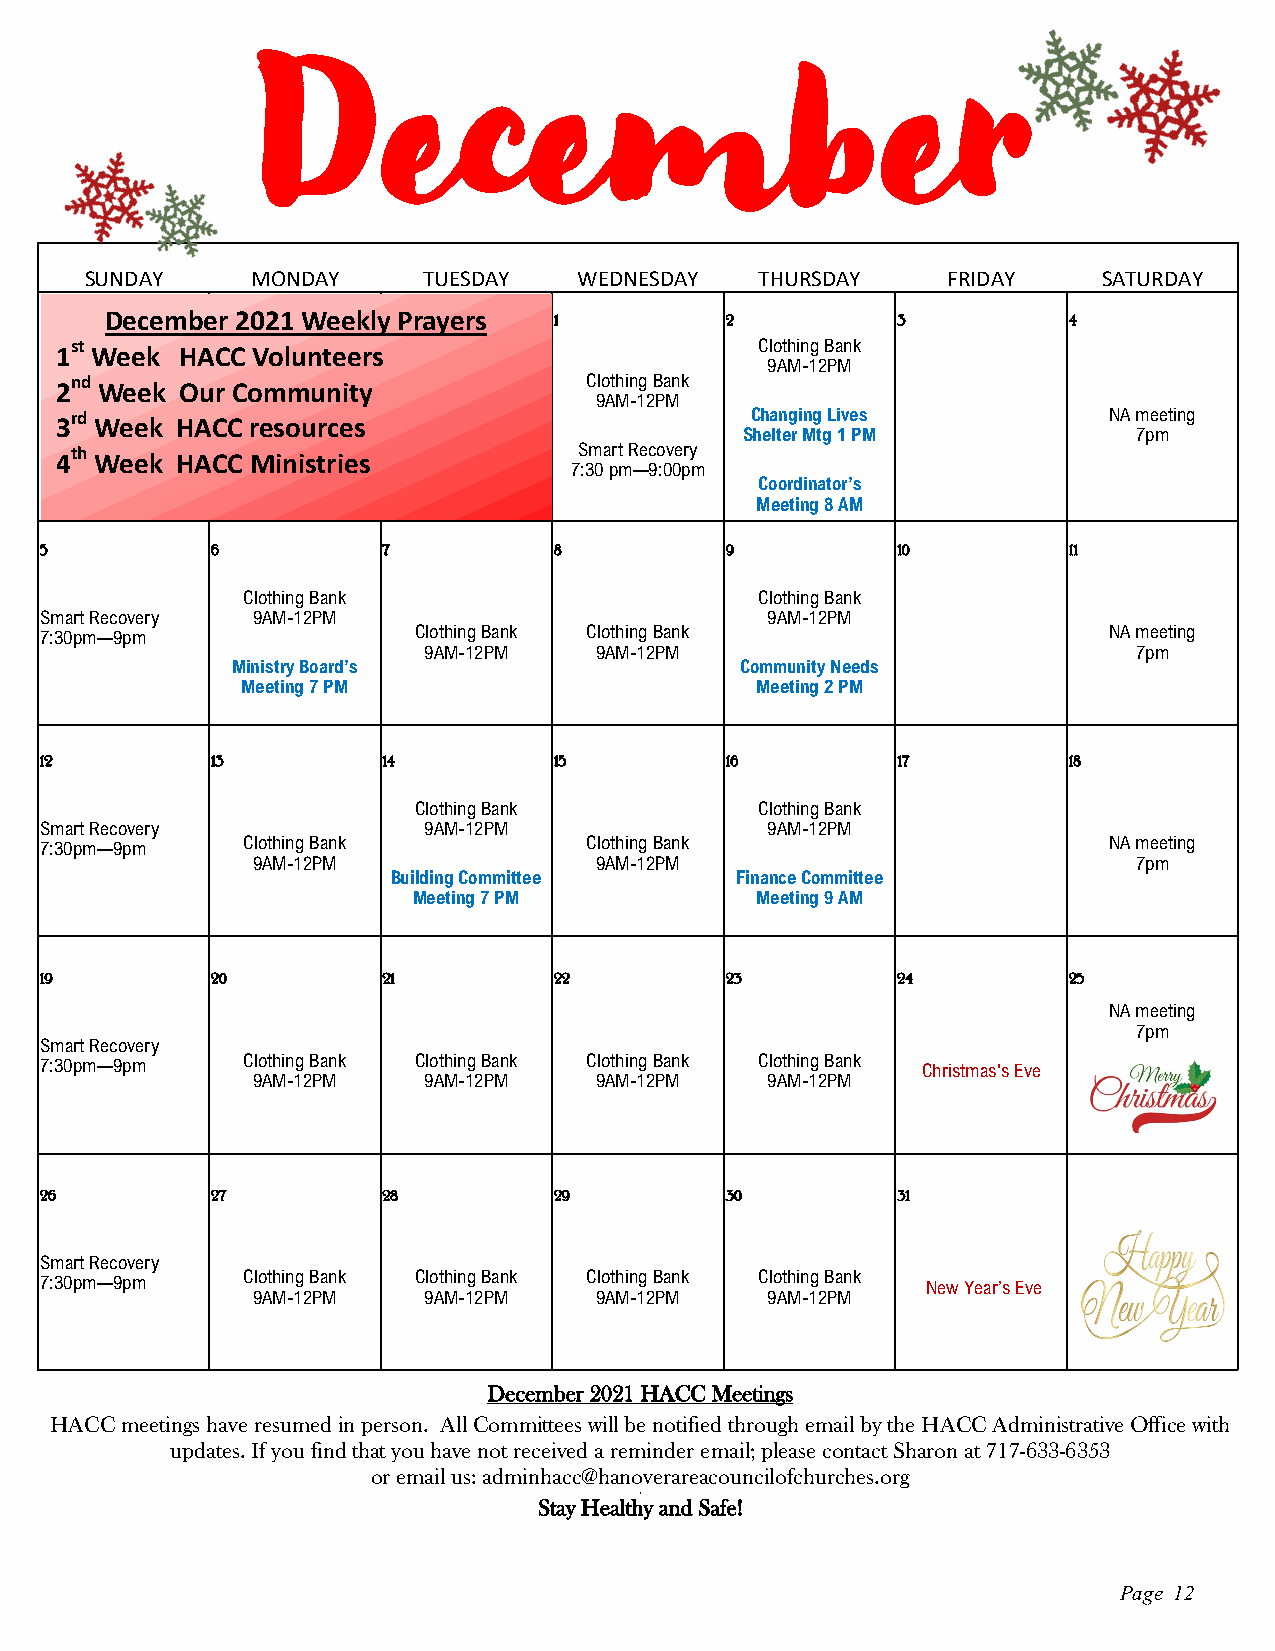
December
 SUNDAY     MONDAY     TUESDAY   WEDNESDAY   THURSDAY     FRIDAY    SATURDAY
 December 2021 Weekly Prayers  1          2          3           4
 1st Week HACC Volunteers                      Clothing Bank
 9AM-12PM
 2nd Week Our Community             Clothing Bank
 9AM-12PM
 3rd Week HA CC resources                      Changing Lives         NA meeting
 Shelter Mtg 1 PM          7pm
 4th Week HACC Ministries          Smart Recovery
 7:30 pm—9:00pm
 Coordinator’s
 Meeting 8 AM
 5          6          7           8          9          10          11
 Clothing Bank                     Clothing Bank
 Smart Recovery 9AM-12PM                         9AM-12PM
 7:30pm—9pm              Clothing Bank Clothing Bank                   NA meeting
 9AM-12PM   9AM-12PM                            7pm
 Ministry Board’s                  Community Needs
 Meeting 7 PM                      Meeting 2 PM
 12         13         14          15         16         17          18
 Clothing Bank          Clothing Bank
 Smart Recovery           9AM-12PM               9AM-12PM
 7:30pm—9pm   Clothing Bank          Clothing Bank                     NA meeting
 9AM-12PM              9AM-12PM                            7pm
 Building Committee     Finance Committee
 Meeting 7 PM           Meeting 9 AM
 19         20         21          22         23         24          25
 NA meeting
 7pm
 Smart Recovery
 7:30pm—9pm   Clothing Bank Clothing Bank Clothing Bank Clothing Bank Christmas's Eve
 9AM-12PM   9AM-12PM   9AM-12PM    9AM-12PM
 26         27         28          29         30         31
 Smart Recovery
 7:30pm—9pm   Clothing Bank Clothing Bank Clothing Bank Clothing Bank New Year’s Eve
 9AM-12PM   9AM-12PM   9AM-12PM    9AM-12PM
 December 2021 HACC Meetings
 HACC meetings have resumed in person. All Committees will be notified through email by the HACC Administrative Office with
 updates. If you find that you have not received a reminder email; please contact Sharon at 717-633-6353
 or email us: adminhacc@hanoverareacouncilofchurches.org
 Stay Health\y and Safe!
 Page 12